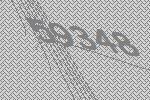
59348